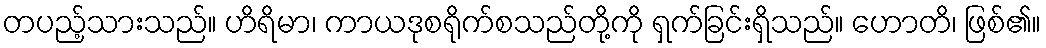
တပည့်သားသည်။ ဟိရိမာ၊ ကာယဒုစရိုက်စသည်တို့ကို ရှက်ခြင်းရှိသည်။ ဟောတိ၊ ဖြစ်၏။